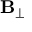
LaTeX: \mathbf { B } _ { \perp }